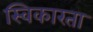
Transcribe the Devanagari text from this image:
स्विकारता